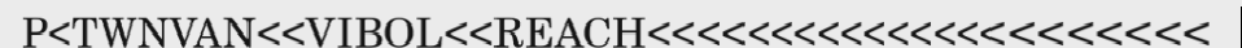
P<TWNVAN<<VIBOL<<REACH<<<<<<<<<<<<<<<<<<<<<<